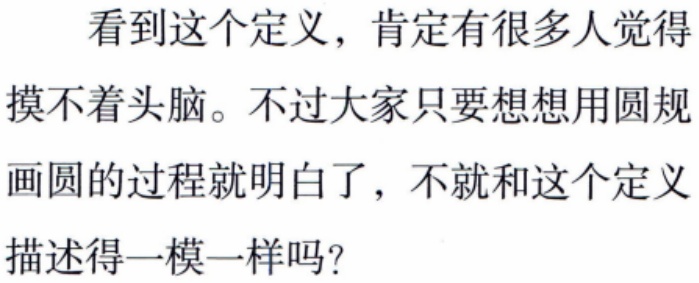
看到这个定义，肯定有很多人觉得摸不着头脑。不过大家只要想想用圆规画圆的过程就明白了，不就和这个定义描述得一模一样吗？